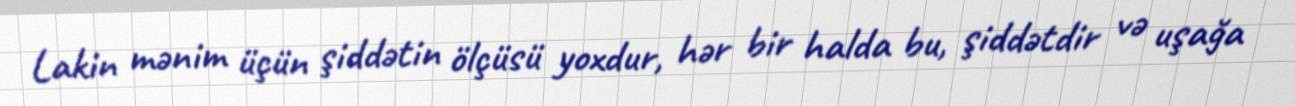
Lakin mənim üçün şiddətin ölçüsü yoxdur, hər bir halda bu, şiddətdir və uşağa